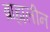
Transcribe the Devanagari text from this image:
ब्राह्मलीन